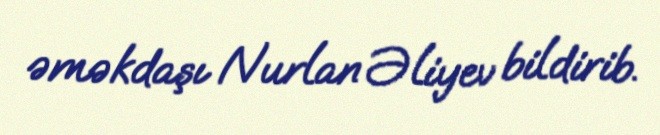
əməkdaşı Nurlan Əliyev bildirib.